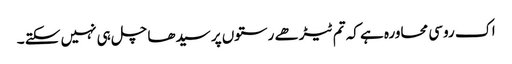
اک روسی محاورہ ہے کہ تم ٹیڑھے رستوں پر سیدھا چل ہی نہیں سکتے ۔